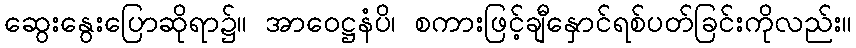
ဆွေးနွေးပြောဆိုရာ၌။ အာဝေဋ္ဌနံပိ၊ စကားဖြင့်ချီနှောင်ရစ်ပတ်ခြင်းကိုလည်း။